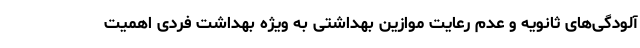
آلودگی‌های ثانویه و عدم رعایت موازین بهداشتی به ویژه بهداشت فردی اهمیت